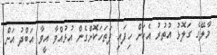
މާލޭގެ ގަލޮޅު އުތުރު އެކަށް ހިފައި ފަތަހަކޮށްގެން އުޅުއްވާ އީވާ އަބްދު އަށް